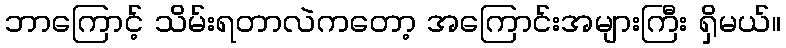
ဘာကြောင့် သိမ်းရတာလဲကတော့ အကြောင်းအများကြီး ရှိမယ်။